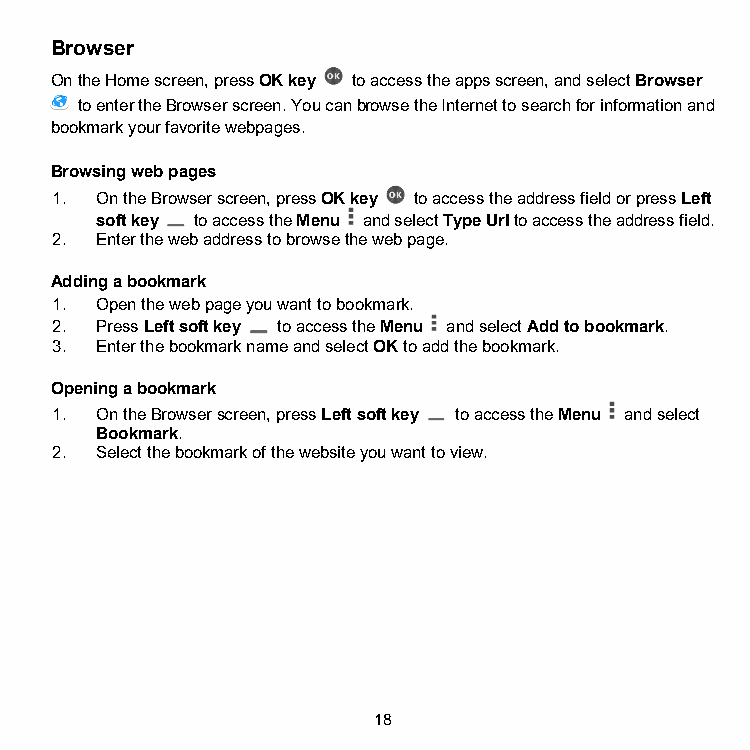
Browser
 On the Home screen, press OK key to access the apps screen, and select Browser
 to enter the Browser screen. You can browse the Internet to search for information and
 bookmark your favorite webpages.
 Browsing web pages
 1. On the Browser screen, press OK key to access the address field or press Left
 soft key to access the Menu and select Type Url to access the address field.
 2. Enter the web address to browse the web page.
 Adding a bookmark
 1. Open the web page you want to bookmark.
 2. Press Left soft key to access the Menu and select Add to bookmark.
 3. Enter the bookmark name and select OK to add the bookmark.
 Opening a bookmark
 1. On the Browser screen, press Left soft key to access the Menu and select
 Bookmark.
 2. Select the bookmark of the website you want to view.
 18